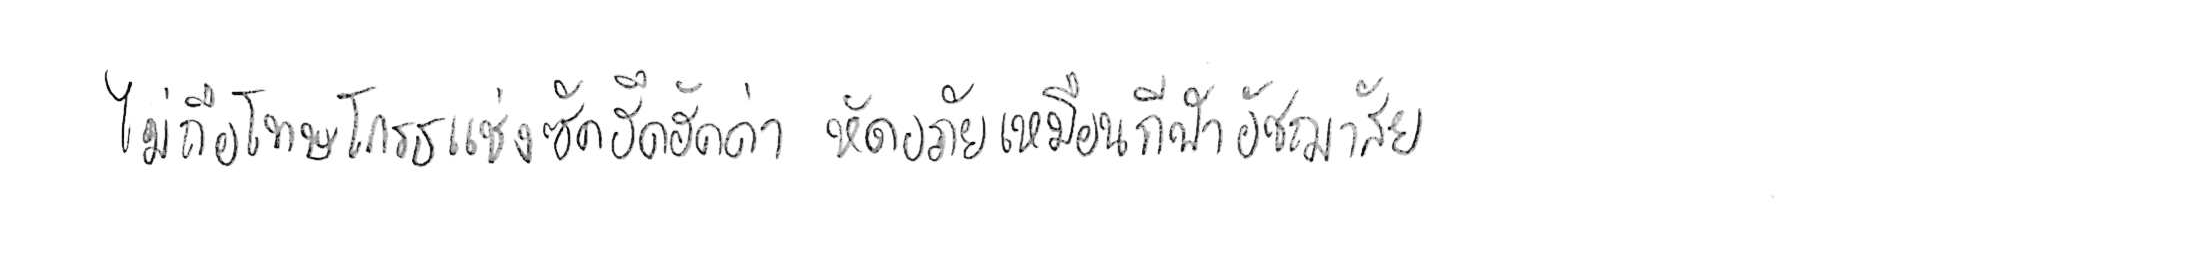
ไม่ถือโทษโกรธแช่งซัดฮึดฮัดด่า หัดอภัยเหมือนกีฬาอัชฌาสัย